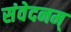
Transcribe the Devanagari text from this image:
संवेदनम्‌